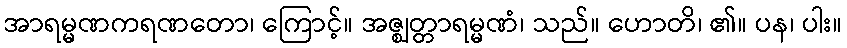
အာရမ္မဏကရဏတော၊ ကြောင့်။ အဇ္ဈတ္တာရမ္မဏံ၊ သည်။ ဟောတိ၊ ၏။ ပန၊ ပါး။